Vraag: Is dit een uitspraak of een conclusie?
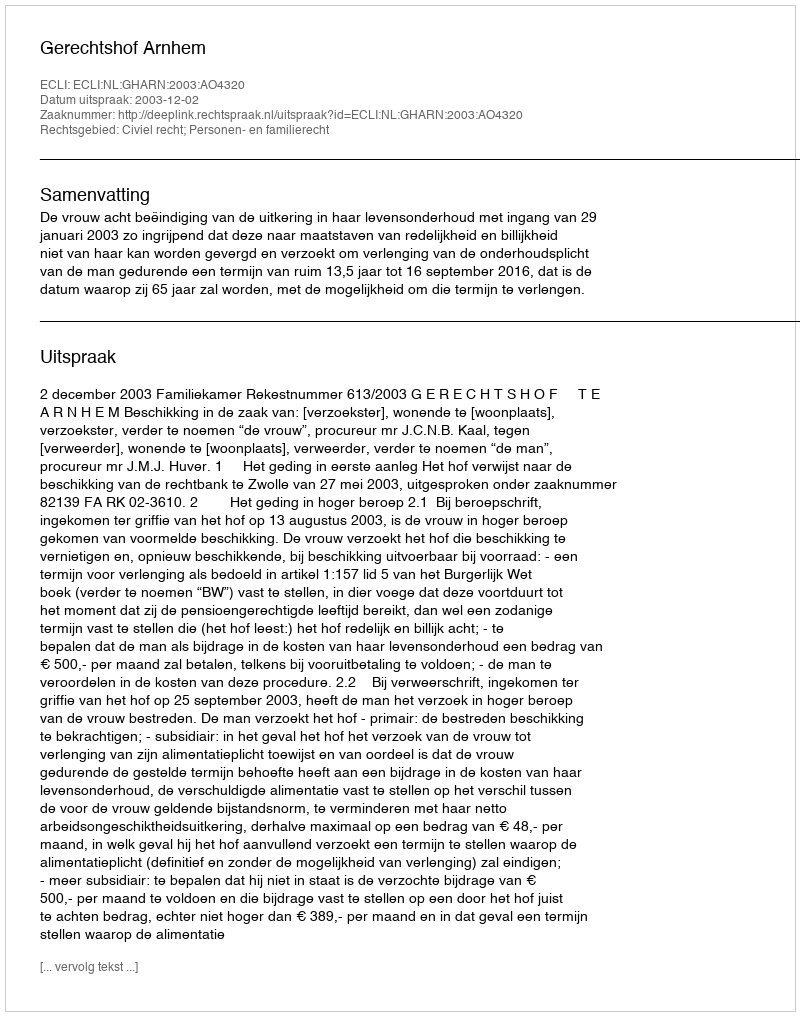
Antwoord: Uitspraak